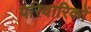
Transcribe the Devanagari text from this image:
परिवारिकों